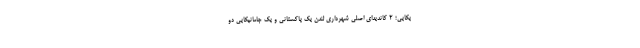
یکایی؛ 2 کاندیدای اصلی شهرداری لندن یک پاکستانی و یک جامائیکایی دو